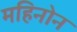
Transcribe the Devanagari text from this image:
महिनोन